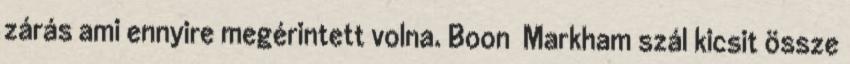
zárás ami ennyire megérintett volna. Boon Markham szál kicsit össze